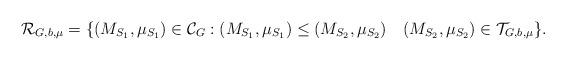
LaTeX: \begin{align*}\mathcal{R}_{G, b, \mu}=\{ (M_{S_1}, \mu_{S_1}) \in \mathcal{C}_G: (M_{S_1}, \mu_{S_1}) \leq (M_{S_2}, \mu_{S_2}) \,\ \,\ (M_{S_2}, \mu_{S_2}) \in \mathcal{T}_{G, b, \mu}\}.\end{align*}